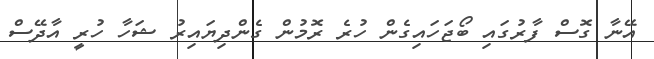
އޭނާ ގޮސް ފާރުގައި ބޯޖަހައިގެން ހުރެ ރޮމުން ގެންދިޔައިރު ޝަހާ ހުރީ އާދޭސް